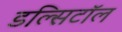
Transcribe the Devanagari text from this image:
डल्सिटॉल